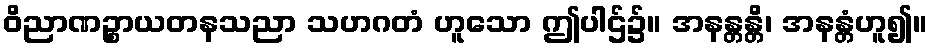
ဝိညာဏဉ္စာယတနသညာ သဟဂတံ ဟူသော ဤပါဌ်၌။ အနန္တန္တိ၊ အနန္တံဟူ၍။